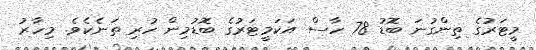
މީޓަރުގެ ތިންގުނަ ބޮޑު 78 ހާސް އަކަމީޓަރުގެ ބޮޑުމިން ހުރި ތަނެކެވެ. މިހާރު